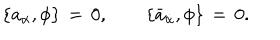
\{ a _ { \alpha } , \phi \} \, = \, 0 , \qquad \{ \bar { a } _ { \dot { \alpha } } , \phi \} \, = \, 0 .